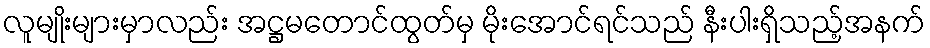
လူမျိုးများမှာလည်း အဋ္ဌမတောင်ထွတ်မှ မိုးအောင်ရင်သည် နီးပါးရှိသည့်အနက်